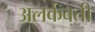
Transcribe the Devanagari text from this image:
अलर्कवती